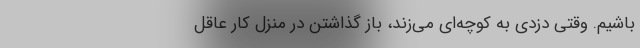
باشیم. وقتی دزدی به کوچه‌ای می‌زند، باز گذاشتنِ درِ منزل کار عاقل